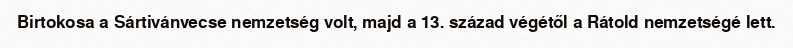
Birtokosa a Sártivánvecse nemzetség volt, majd a 13. század végétől a Rátold nemzetségé lett.